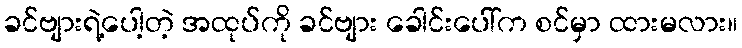
ခင်ဗျားရဲ့ပေါ့တဲ့ အထုပ်ကို ခင်ဗျား ခေါင်းပေါ်က စင်မှာ ထားမလား။